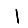
Digit: 1